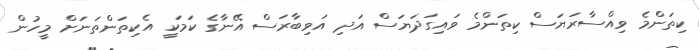
ކިތަންމެ ވިއްސާރަޔަސް ކިތަންމެ ވައިގަދަޔަސް އަދި އަވިބާރަސް އޭނާގެ ކަމަކީ އެކިތަންތަނަށް މީހުން